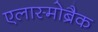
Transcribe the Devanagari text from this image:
एलास्मोब्रैक